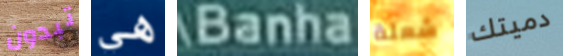
تبدون هي Banha شعلة دميتك